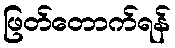
ဖြတ်တောက်ရန်